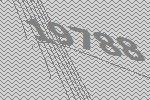
19788